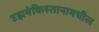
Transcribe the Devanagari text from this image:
उझबेकिस्तानामधील